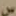
س